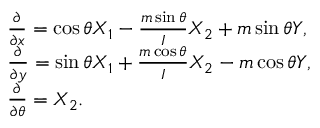
\begin{array} { r l } & { \frac { \partial } { \partial x } = \cos \theta X _ { 1 } - \frac { m \sin \theta } { I } X _ { 2 } + m \sin \theta Y , } \\ & { \frac { \partial } { \partial y } = \sin \theta X _ { 1 } + \frac { m \cos \theta } { I } X _ { 2 } - m \cos \theta Y , } \\ & { \frac { \partial } { \partial \theta } = X _ { 2 } . } \end{array}